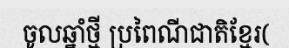
ចូលឆ្នាំថ្មី ប្រពៃណីជាតិខ្មែរ(